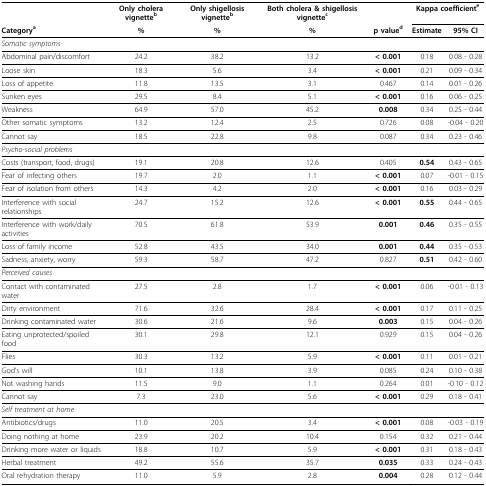
<table><thead><tr><td></td><td><b>Only cholera vignette<sup>b</sup></b></td><td><b>Only shigellosis vignette<sup>b</sup></b></td><td><b>Both cholera &amp; shigellosis vignette<sup>c</sup></b></td><td></td><td colspan="2"><b>Kappa coefficient<sup>e</sup></b></td></tr><tr><td><b>Category<sup>a</sup></b></td><td><b>%</b></td><td><b>%</b></td><td><b>%</b></td><td><b>p value<sup>d</sup></b></td><td><b>Estimate</b></td><td><b>95% CI</b></td></tr></thead><tbody><tr><td><i>Somatic symptoms</i></td><td></td><td></td><td></td><td></td><td></td><td></td></tr><tr><td>Abdominal pain/discomfort</td><td>24.2</td><td>38.2</td><td>13.2</td><td><b>&lt; 0.001</b></td><td>0.18</td><td>0.08 - 0.28</td></tr><tr><td>Loose skin</td><td>18.3</td><td>5.6</td><td>3.4</td><td><b>&lt; 0.001</b></td><td>0.21</td><td>0.09 - 0.34</td></tr><tr><td>Loss of appetite</td><td>11.8</td><td>13.5</td><td>3.1</td><td>0.467</td><td>0.14</td><td>0.01 - 0.26</td></tr><tr><td>Sunken eyes</td><td>29.5</td><td>8.4</td><td>5.1</td><td><b>&lt; 0.001</b></td><td>0.16</td><td>0.06 - 0.25</td></tr><tr><td>Weakness</td><td>64.9</td><td>57.0</td><td>45.2</td><td><b>0.008</b></td><td>0.34</td><td>0.25 - 0.44</td></tr><tr><td>Other somatic symptoms</td><td>13.2</td><td>12.4</td><td>2.5</td><td>0.726</td><td>0.08</td><td>-0.04 - 0.20</td></tr><tr><td>Cannot say</td><td>18.5</td><td>22.8</td><td>9.8</td><td>0.087</td><td>0.34</td><td>0.23 - 0.46</td></tr><tr><td><i>Psycho-social problems</i></td><td></td><td></td><td></td><td></td><td></td><td></td></tr><tr><td>Costs (transport, food, drugs)</td><td>19.1</td><td>20.8</td><td>12.6</td><td>0.405</td><td><b>0.54</b></td><td>0.43 - 0.65</td></tr><tr><td>Fear of infecting others</td><td>19.7</td><td>2.0</td><td>1.1</td><td><b>&lt; 0.001</b></td><td>0.07</td><td>-0.01 - 0.15</td></tr><tr><td>Fear of isolation from others</td><td>14.3</td><td>4.2</td><td>2.0</td><td><b>&lt; 0.001</b></td><td>0.16</td><td>0.03 - 0.29</td></tr><tr><td>Interference with social relationships</td><td>24.7</td><td>15.2</td><td>12.6</td><td><b>&lt; 0.001</b></td><td><b>0.55</b></td><td>0.44 - 0.65</td></tr><tr><td>Interference with work/daily activities</td><td>70.5</td><td>61.8</td><td>53.9</td><td><b>0.001</b></td><td><b>0.46</b></td><td>0.35 - 0.55</td></tr><tr><td>Loss of family income</td><td>52.8</td><td>43.5</td><td>34.0</td><td><b>0.001</b></td><td><b>0.44</b></td><td>0.35 - 0.53</td></tr><tr><td>Sadness, anxiety, worry</td><td>59.3</td><td>58.7</td><td>47.2</td><td>0.827</td><td><b>0.51</b></td><td>0.42 - 0.60</td></tr><tr><td><i>Perceived causes</i></td><td></td><td></td><td></td><td></td><td></td><td></td></tr><tr><td>Contact with contaminated water</td><td>27.5</td><td>2.8</td><td>1.7</td><td><b>&lt; 0.001</b></td><td>0.06</td><td>-0.01 - 0.13</td></tr><tr><td>Dirty environment</td><td>71.6</td><td>32.6</td><td>28.4</td><td><b>&lt; 0.001</b></td><td>0.17</td><td>0.11 - 0.25</td></tr><tr><td>Drinking contaminated water</td><td>30.6</td><td>21.6</td><td>9.6</td><td><b>0.003</b></td><td>0.15</td><td>0.04 - 0.26</td></tr><tr><td>Eating unprotected/spoiled food</td><td>30.1</td><td>29.8</td><td>12.1</td><td>0.929</td><td>0.15</td><td>0.04 - 0.26</td></tr><tr><td>Flies</td><td>30.3</td><td>13.2</td><td>5.9</td><td><b>&lt; 0.001</b></td><td>0.11</td><td>0.01 - 0.21</td></tr><tr><td>God&#x27;s will</td><td>10.1</td><td>13.8</td><td>3.9</td><td>0.085</td><td>0.24</td><td>0.10 - 0.38</td></tr><tr><td>Not washing hands</td><td>11.5</td><td>9.0</td><td>1.1</td><td>0.264</td><td>0.01</td><td>-0.10 - 0.12</td></tr><tr><td>Cannot say</td><td>7.3</td><td>23.0</td><td>5.6</td><td><b>&lt; 0.001</b></td><td>0.29</td><td>0.18 - 0.41</td></tr><tr><td><i>Self treatment at home</i></td><td></td><td></td><td></td><td></td><td></td><td></td></tr><tr><td>Antibiotics/drugs</td><td>11.0</td><td>20.5</td><td>3.4</td><td><b>&lt; 0.001</b></td><td>0.08</td><td>-0.03 - 0.19</td></tr><tr><td>Doing nothing at home</td><td>23.9</td><td>20.2</td><td>10.4</td><td>0.154</td><td>0.32</td><td>0.21 - 0.44</td></tr><tr><td>Drinking more water or liquids</td><td>18.8</td><td>10.7</td><td>5.9</td><td><b>&lt; 0.001</b></td><td>0.31</td><td>0.18 - 0.43</td></tr><tr><td>Herbal treatment</td><td>49.2</td><td>55.6</td><td>35.7</td><td><b>0.035</b></td><td>0.33</td><td>0.24 - 0.43</td></tr><tr><td>Oral rehydration therapy</td><td>11.0</td><td>5.9</td><td>2.8</td><td><b>0.004</b></td><td>0.28</td><td>0.12 - 0.44</td></tr></tbody></table>